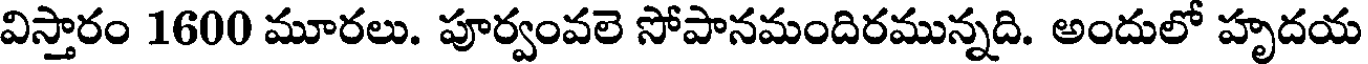
విస్తారం 1600 మూరలు. పూర్వంవలె సోపానమందిరమున్నది. అందులో హృదయ